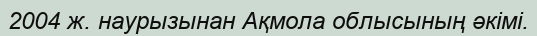
2004 ж. наурызынан Ақмола облысының әкімі.